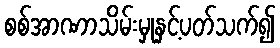
စစ်အာဏာသိမ်းမှုနှင့်ပတ်သက်၍